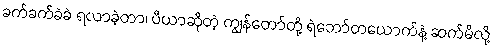
ခက်ခက်ခဲခဲ ရလာခဲ့တာ၊ ပီယာဆိုတဲ့ ကျွန်တော်တို့ ရဲဘော်တယောက်နဲ့ ဆက်မိလို့